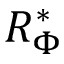
R _ { \Phi } ^ { * }